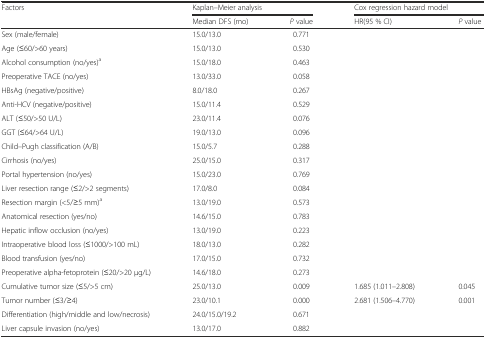
<table><thead><tr><td rowspan="2"><b>Factors</b></td><td colspan="2"><b>Kaplan–Meier analysis</b></td><td colspan="2"><b>Cox regression hazard model</b></td></tr><tr><td><b>Median DFS (mo)</b></td><td><b><i>P</i> value</b></td><td><b>HR(95 % CI)</b></td><td><b><i>P</i> value</b></td></tr></thead><tbody><tr><td>Sex (male/female)</td><td>15.0/13.0</td><td>0.771</td><td></td><td></td></tr><tr><td>Age (≤60/&gt;60 years)</td><td>15.0/13.0</td><td>0.530</td><td></td><td></td></tr><tr><td>Alcohol consumption (no/yes)<sup>a</sup></td><td>15.0/18.0</td><td>0.463</td><td></td><td></td></tr><tr><td>Preoperative TACE (no/yes)</td><td>13.0/33.0</td><td>0.058</td><td></td><td></td></tr><tr><td>HBsAg (negative/positive)</td><td>8.0/18.0</td><td>0.267</td><td></td><td></td></tr><tr><td>Anti-HCV (negative/positive)</td><td>15.0/11.4</td><td>0.529</td><td></td><td></td></tr><tr><td>ALT (≤50/&gt;50 U/L)</td><td>23.0/11.4</td><td>0.076</td><td></td><td></td></tr><tr><td>GGT (≤64/&gt;64 U/L)</td><td>19.0/13.0</td><td>0.096</td><td></td><td></td></tr><tr><td>Child–Pugh classification (A/B)</td><td>15.0/5.7</td><td>0.288</td><td></td><td></td></tr><tr><td>Cirrhosis (no/yes)</td><td>25.0/15.0</td><td>0.317</td><td></td><td></td></tr><tr><td>Portal hypertension (no/yes)</td><td>15.0/23.0</td><td>0.769</td><td></td><td></td></tr><tr><td>Liver resection range (≤2/&gt;2 segments)</td><td>17.0/8.0</td><td>0.084</td><td></td><td></td></tr><tr><td>Resection margin (&lt;5/≥5 mm)<sup>a</sup></td><td>13.0/19.0</td><td>0.573</td><td></td><td></td></tr><tr><td>Anatomical resection (yes/no)</td><td>14.6/15.0</td><td>0.783</td><td></td><td></td></tr><tr><td>Hepatic inflow occlusion (no/yes)</td><td>13.0/19.0</td><td>0.223</td><td></td><td></td></tr><tr><td>Intraoperative blood loss (≤1000/&gt;100 mL)</td><td>18.0/13.0</td><td>0.282</td><td></td><td></td></tr><tr><td>Blood transfusion (yes/no)</td><td>17.0/15.0</td><td>0.732</td><td></td><td></td></tr><tr><td>Preoperative alpha-fetoprotein (≤20/&gt;20 μg/L)</td><td>14.6/18.0</td><td>0.273</td><td></td><td></td></tr><tr><td>Cumulative tumor size (≤5/&gt;5 cm)</td><td>25.0/13.0</td><td>0.009</td><td>1.685 (1.011–2.808)</td><td>0.045</td></tr><tr><td>Tumor number (≤3/≥4)</td><td>23.0/10.1</td><td>0.000</td><td>2.681 (1.506–4.770)</td><td>0.001</td></tr><tr><td>Differentiation (high/middle and low/necrosis)</td><td>24.0/15.0/19.2</td><td>0.671</td><td></td><td></td></tr><tr><td>Liver capsule invasion (no/yes)</td><td>13.0/17.0</td><td>0.882</td><td></td><td></td></tr></tbody></table>